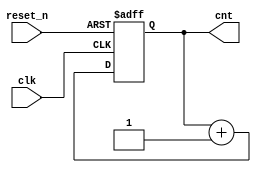
module counter_4_bit(
    input clk,
    input reset_n,
    output [3:0] cnt
    );
    
    reg [3:0] cnt;
    wire cnt_value=1;
    always @ (posedge clk or negedge reset_n) begin
        if(!reset_n) begin 
            cnt <= 4'b0;
        end
        else begin
            cnt <= cnt + cnt_value;
        end
    end
endmodule